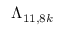
\Lambda _ { 1 1 , 8 k }